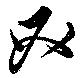
必